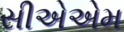
સીએએમ